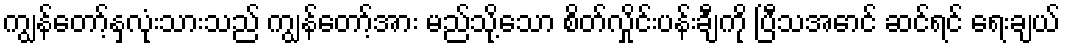
ကျွန်တော့်နှလုံးသားသည် ကျွန်တော့်အား မည်သို့သော စိတ်လှိုင်းပန်းချီကို ပြီသအောင် ဆင်ရင် ရေးချယ်